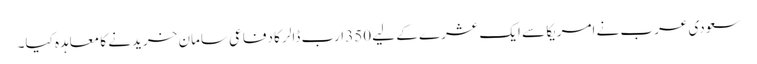
سعودی عرب نے امریکا سے ایک عشرے کے لیے 350 ارب ڈالر کا دفاعی سامان خریدنے کا معاہدہ کیا۔